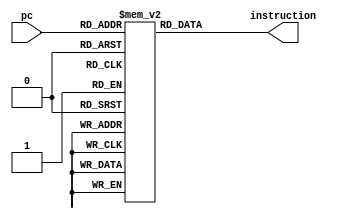
`timescale 1ns / 1ps
//////////////////////////////////////////////////////////////////////////////////
// Company: Intel
// 
// Design Name: 
// Module Name:    InstructionMemory 
// Project Name: 
// Target Devices: 
// Tool versions: 
// Description: 
//
// Dependencies: 
//
// Revision: 
// Revision 0.01 - File Created
// Additional Comments: 
//
//////////////////////////////////////////////////////////////////////////////////
module InstructionMemory
 
(
	pc,
	instruction
);


	 input wire	[7:0]	pc;
    output reg	[31:0] 	instruction;
	 reg	[31:0] instruction_memory [255:0];
	 integer i; 
	 initial
	 begin
	 for(i=0;i<256;i=i+1) begin
		  instruction_memory[i]=0;
	 end  
          //$s1 foi inicializado com o valor 4
			 //$s2 foi inicializado com o valor 1
			 //$s7 foi inicilizado com o endereo 10001 (endereo 17)
			 //Foi inicializado na memoria de dados nesse endereo um dado com valor 1111
		    instruction_memory[0]=32'b00000010001100101000000000100000;  //add $s0,$s1,$s2(18)  4+1 (16) 		 
		    instruction_memory[1]=32'b00100010001101000000000000000011;  //addi $s4,$s1,3   4+3 (20)
		    instruction_memory[2]=32'b00000010000100001011000000100100;  //and $s6,$s0,$s0  //5  (22)
		    instruction_memory[3]=32'b00000010100100001010100000100101;  //or $s5,$s4,$s0  // 7 (21)
		    instruction_memory[4]=32'b00010010001100010000000000000001;  //beq $s1,$s1, Pula uma instrucao
			 //No executa
			 instruction_memory[5]=32'b00000010101100101000000000100000;  //add $s0,$s5,$s2 //7 + 1  (16)
			 //
          instruction_memory[6]=32'b00100010000100110000000000000011;  //addi $s3,$s0,3 //5+3 (19)
			 instruction_memory[7]=32'b00010110000100010000000000000001;  //bne $s0,$s1,pula 1 instrucoes 8!=4
			 //nao executa
			 instruction_memory[8]=32'b00100010001100000000000000000011;  //addi $s3,$s0,3   // 7+3=10  (19)
			////
			instruction_memory[9]=32'b00000010001101001000000000100000;  //add $s0,$s1,$s4  //4+ 7 (16)
	       instruction_memory[10]=32'b10001110111010010000000000000000;  //lw $t1,0($s7) 
						                                                      //t1 recebe o valor armazenado no 
				 																		      //endereco fornecido por s7 (9)
	       
	       instruction_memory[11]=32'b10101110110100010000000000000000;   //sw $s1,0($s6)  Salva o valor 4 na posicao 5 
			                                                                //da memoria de dados
		    instruction_memory[12]=32'b00000010001010010101100000101010;   //slt $t3,$s1,$t1  s1  menor que t1? (4<15) (11) = 1
		    instruction_memory[13]=32'b00101010010011010000000000001000;   //slti $t5,$s2,8   s2  menor que 8? (1<8) (13) = 1
		   
		     
	 end
	
always@(pc)begin
     instruction = instruction_memory[pc];
	  
end	
 endmodule